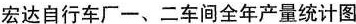
宏达自行车厂-、二车间全年产量统计图